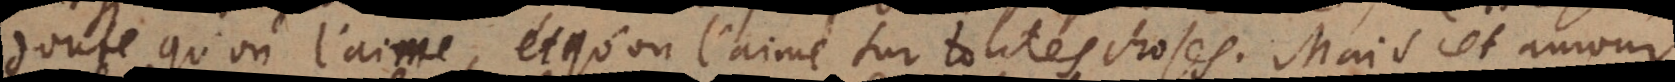
doute qu’on l’aime, et qu’on l’aime sur toutes choses. Mais cet amour